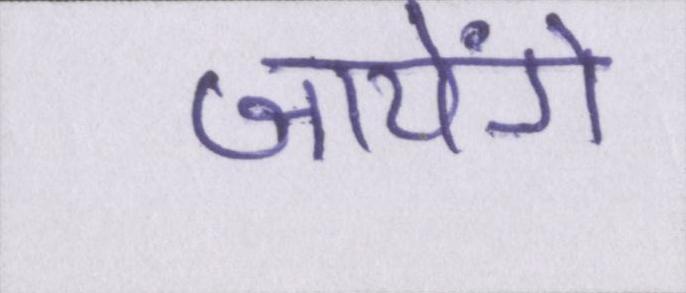
जायेंगे